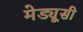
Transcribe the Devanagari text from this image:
मेड्यूसी